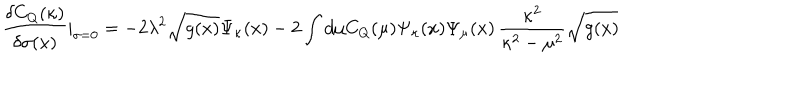
\frac { \delta C _ { Q } ( \kappa ) } { \delta \sigma ( x ) } | _ { \sigma = 0 } = - 2 \lambda ^ { 2 } \sqrt { g ( x ) } \Psi _ { \kappa } ( x ) - 2 \int d \mu C _ { Q } ( \mu ) \Psi _ { \kappa } ( x ) \Psi _ { \mu } ( x ) \, \frac { \kappa ^ { 2 } } { \kappa ^ { 2 } - \mu ^ { 2 } } \sqrt { g ( x ) }